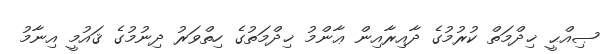
ޞިއްޙީ ޚިދްމަތް ކުރުމުގެ ދާއިރާއިން ޢާންމު ޚިދްމަތުގެ ހިތްވަރު ދިނުމުގެ ޤައުމީ އިނާމު